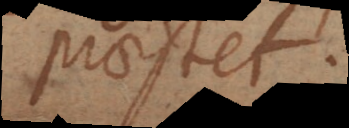
praestet.